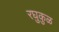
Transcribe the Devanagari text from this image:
रघुकुळ